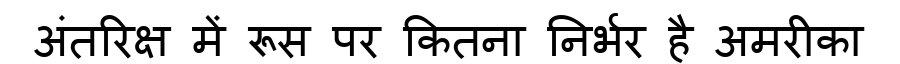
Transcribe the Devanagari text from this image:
अंतरिक्ष में रूस पर कितना निर्भर है अमरीका